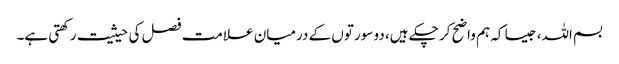
بسم اللہ، جیسا کہ ہم واضح کر چکے ہیں، دو سورتوں کے درمیان علامت فصل کی حیثیت رکھتی ہے۔